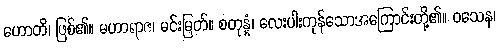
ဟောတိ၊ ဖြစ်၏။ မဟာရာဇ၊ မင်းမြတ်။ စတုန္နံ၊ လေးပါးကုန်သောအကြောင်းတို့၏။ ဝသေန၊